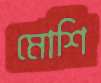
মোশি